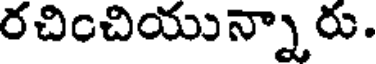
రచించియున్నారు.